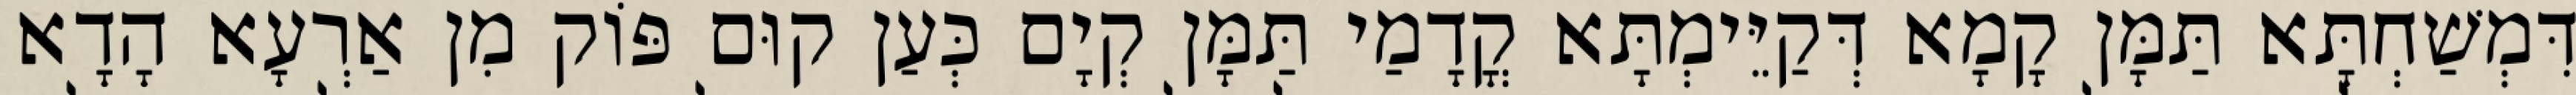
דִּמְשַׁחְתָּא תַּמָּן קָמָא דְּקַיֵּימְתָּא קֳדָמַי תַּמָּן קְיָם כְּעַן קוּם פּוֹק מִן אַרְעָא הָדָא